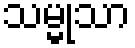
သမ္မုသာ